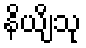
နိယျိံသု